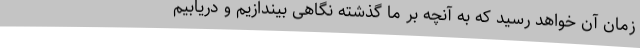
زمان آن خواهد رسید که به آنچه بر ما گذشته نگاهی بیندازیم و دریابیم